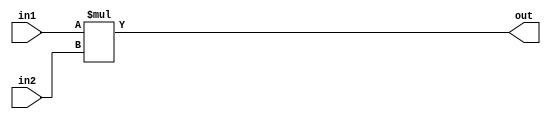
module MUL64 #(parameter SIZE = 64)(input [SIZE-1:0] in1, in2, output [2*SIZE-1:0] out);
assign out = in1*in2;
endmodule